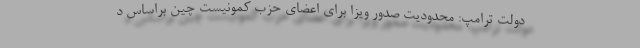
دولت ترامپ: محدودیت صدور ویزا برای اعضای حزب کمونیست چین براساس د